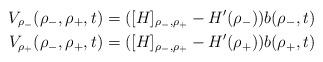
LaTeX: \begin{align*}V_{\rho_{-}}(\rho_{-},\rho_{+},t)=([H]_{\rho_{-},\rho_{+}}-H'(\rho_{-}))b(\rho_{-},t)\\V_{\rho_{+}}(\rho_{-},\rho_{+},t)=([H]_{\rho_{-},\rho_{+}}-H'(\rho_{+}))b(\rho_{+},t)\end{align*}